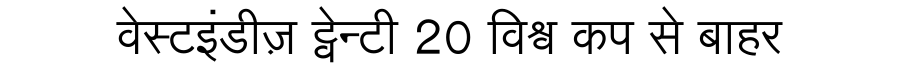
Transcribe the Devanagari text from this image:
वेस्टइंडीज़ ट्वेन्टी 20 विश्व कप से बाहर